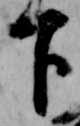
下